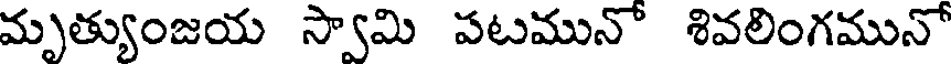
మృత్యుంజయ స్వామి పటమునో శివలింగమునో